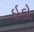
ઇકો